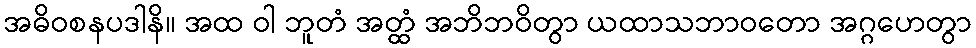
အဓိဝစနပဒါနိ။ အထ ဝါ ဘူတံ အတ္ထံ အဘိဘဝိတွာ ယထာသဘာဝတော အဂ္ဂဟေတွာ